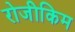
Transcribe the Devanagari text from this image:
रोजीकिम